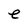
Character: e